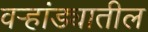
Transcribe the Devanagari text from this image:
वर्‍हांड्यातील